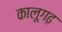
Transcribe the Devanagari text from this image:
कालूगढ़